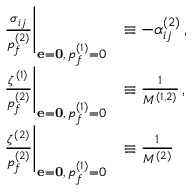
\begin{array} { r l } { \left. \frac { \sigma _ { i j } } { p _ { f } ^ { ( 2 ) } } \right| _ { { \bf { e } = \bf { 0 } } , \, p _ { f } ^ { ( 1 ) } = 0 } } & { \equiv - \alpha _ { i j } ^ { ( 2 ) } \, , } \\ { \left. \frac { \zeta ^ { ( 1 ) } } { p _ { f } ^ { ( 2 ) } } \right| _ { { \bf { e } = \bf { 0 } } , \, p _ { f } ^ { ( 1 ) } = 0 } } & { \equiv \frac { 1 } { M ^ { ( 1 , 2 ) } } \, , } \\ { \left. \frac { \zeta ^ { ( 2 ) } } { p _ { f } ^ { ( 2 ) } } \right| _ { { \bf { e } = \bf { 0 } } , \, p _ { f } ^ { ( 1 ) } = 0 } } & { \equiv \frac { 1 } { M ^ { ( 2 ) } } \, } \end{array}